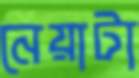
নেয়াটা